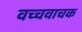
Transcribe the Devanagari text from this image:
वच्चवाचक